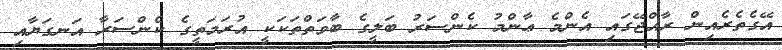
އޭގެތެރެއިން ރާއްޖޭގައި އެންމެ ޢާންމު ކެންސަރު ބަލީގެ ބާވަތްތަކަކީ އުރަމަތީގެ ކެންސަރާ އަނގަޔާއި